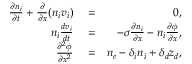
\begin{array} { r l r } { \frac { \partial n _ { i } } { \partial t } + \frac { \partial } { \partial x } ( n _ { i } v _ { i } ) } & { { } = } & { 0 , } \\ { n _ { i } \frac { d v _ { i } } { d t } } & { { } = } & { - \sigma \frac { \partial n _ { i } } { \partial x } - n _ { i } \frac { \partial \phi } { \partial x } , } \\ { \frac { \partial ^ { 2 } \phi } { \partial x ^ { 2 } } } & { { } = } & { n _ { e } - \delta _ { i } n _ { i } + \delta _ { d } z _ { d } , } \end{array}